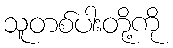
သူတစ်ပါးတို့ကို